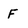
Character: F